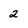
Character: 2